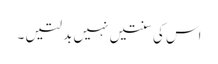
اس کی سنتیں نہیں بدلتیں ۔